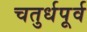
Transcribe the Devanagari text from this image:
चतुर्धपूर्व